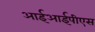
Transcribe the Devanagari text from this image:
आईआईपीएस